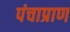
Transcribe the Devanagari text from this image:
पंचाप्राण